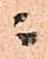
ニ